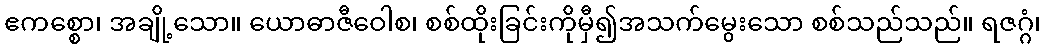
ဧကစ္စော၊ အချို့သော။ ယောဓာဇီဝေါစ၊ စစ်ထိုးခြင်းကိုမှီ၍အသက်မွေးသော စစ်သည်သည်။ ရဇဂ္ဂံ၊